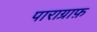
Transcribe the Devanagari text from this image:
पाराग्राफ़